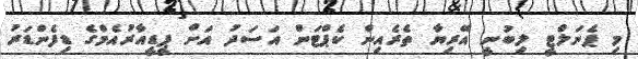
މި ޕެނަލްޓީ ލިބުނީ އޭރިޔާ ތެރެއިން ކެޕްޓަން އަސަދު އަށް ޕީޑީއާރުއެމްގެ ޑިފެންޑަރު